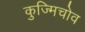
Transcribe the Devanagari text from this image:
कुज्मिचोव